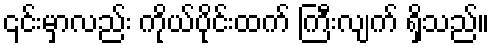
၎င်းမှာလည်း ကိုယ်ပိုင်းထက် ကြီးလျက် ရှိသည်။